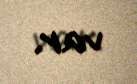
var.